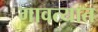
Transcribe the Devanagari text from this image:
गावत्यात